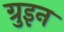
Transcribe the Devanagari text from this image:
ग्रुइन